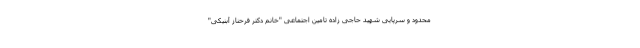
محدود و سرپایی شهید حاجی زاده تامین اجتماعی "خانم دکتر فرحناز آبنیکی"